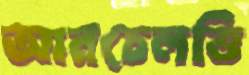
আনচেলত্তি